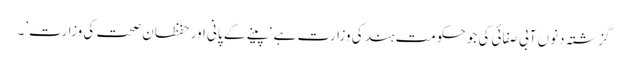
گزشتہ دنوں آبی صفائی کی جو حکومت ہند کی وزارت ہے ‘پینے کے پانی اور حفظان صحت کی وزارت’۔